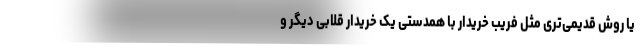
یا روش قدیمی‌تری مثل فریب خریدار با همدستی یک خریدار قلابی دیگر و